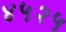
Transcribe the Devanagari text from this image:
४५२५